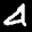
Label: 4